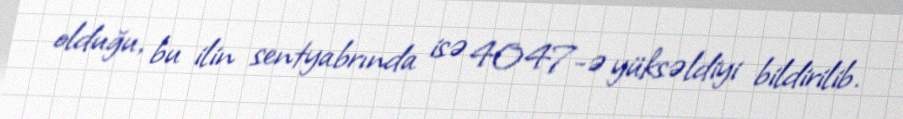
olduğu, bu ilin sentyabrında isə 4047-ə yüksəldiyi bildirilib.